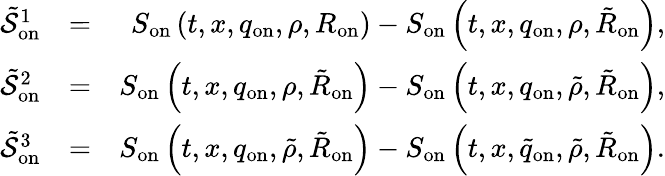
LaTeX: \begin{array}{rlr}{\tilde{\mathcal{S}}_{\mathrm{on}}^{1}}&{=}&{S_{\mathrm{on}}\left(t,x,q_{\mathrm{on}},\rho,R_{\mathrm{on}}\right)-S_{\mathrm{on}}\left(t,x,q_{\mathrm{on}},\rho,\tilde{R}_{\mathrm{on}}\right),}\\ {\tilde{\mathcal{S}}_{\mathrm{on}}^{2}}&{=}&{S_{\mathrm{on}}\left(t,x,q_{\mathrm{on}},\rho,\tilde{R}_{\mathrm{on}}\right)-S_{\mathrm{on}}\left(t,x,q_{\mathrm{on}},\tilde{\rho},\tilde{R}_{\mathrm{on}}\right),}\\ {\tilde{\mathcal{S}}_{\mathrm{on}}^{3}}&{=}&{S_{\mathrm{on}}\left(t,x,q_{\mathrm{on}},\tilde{\rho},\tilde{R}_{\mathrm{on}}\right)-S_{\mathrm{on}}\left(t,x,\tilde{q}_{\mathrm{on}},\tilde{\rho},\tilde{R}_{\mathrm{on}}\right).}\end{array}